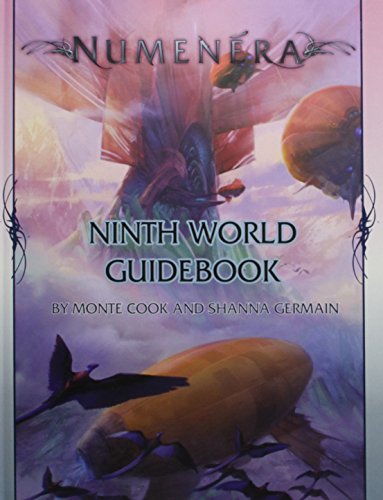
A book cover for Numenera Ninth World Guidebook; Science Fiction & Fantasy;